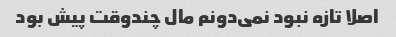
اصلا تازه نبود نمی‌دونم مال چندوقت پیش بود